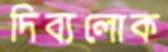
দিব্যলোক